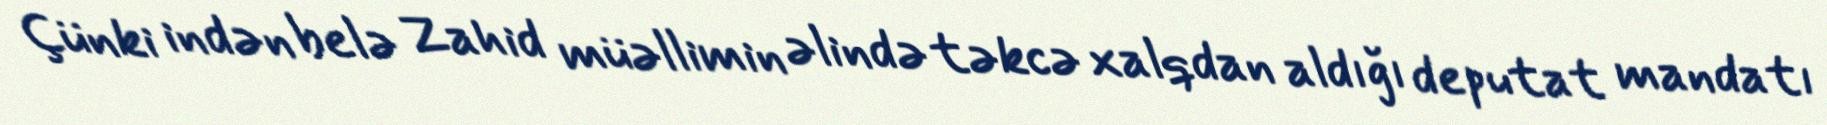
Çünki indən belə Zahid müəllimin əlində təkcə xalqdan aldığı deputat mandatı